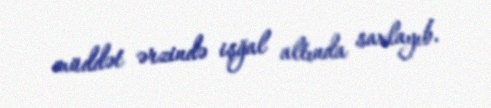
müddət ərzində işğal altında saxlayıb.